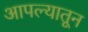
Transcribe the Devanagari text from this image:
आपल्यातून